Indian journal of veterinary science and animal husbandry - Volume 4,
Year: 1934
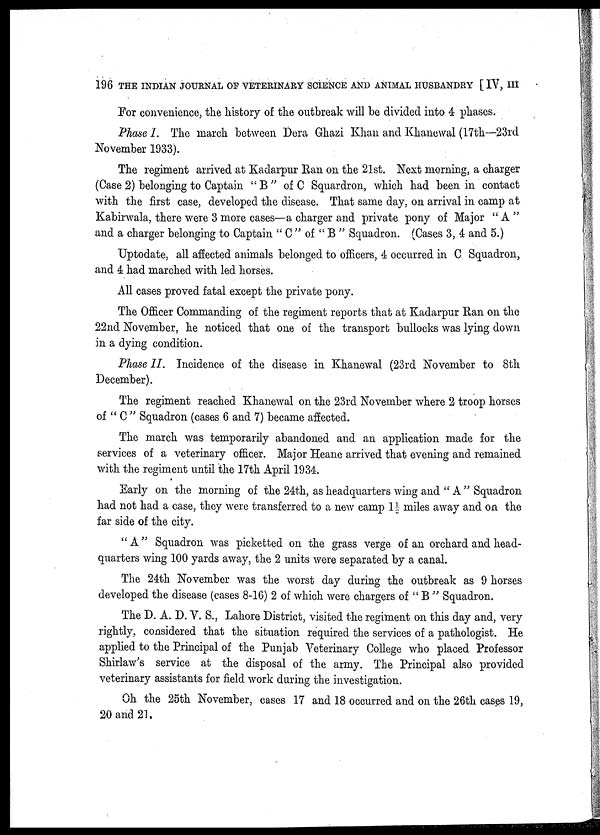
196 THE INDIAN JOURNAL OF VETERINARY SCIENCE AND ANIMAL HUSBANDRY [ IV, III
For convenience, the history of the outbreak will be divided into 4 phases.
Phase I. The march between Dera Ghazi Khan and Khanewal (17th—23rd
November 1933).
The regiment arrived at Kadarpur Ran on the 21st. Next morning, a charger
(Case 2) belonging to Captain " B " of C Squardron, which had been in contact
with the first case, developed the disease. That same day, on arrival in camp at
Kabirwala, there were 3 more cases—a charger and private pony of Major " A "
and a charger belonging to Captain " C " of " B " Squadron. (Cases 3, 4 and 5.)
Uptodate, all affected animals belonged to officers, 4 occurred in C Squadron,
and 4 had marched with led horses.
All cases proved fatal except the private pony.
The Officer Commanding of the regiment reports that at Kadarpur Ran on the
22nd November, he noticed that one of the transport bullocks was lying down
in a dying condition.
Phase II. Incidence of the disease in Khanewal (23rd November to 8th
December).
The regiment reached Khanewal on the 23rd November where 2 troop horses
of " C " Squadron (cases 6 and 7) became affected.
The march was temporarily abandoned and an application made for the
services of a veterinary officer. Major Heane arrived that evening and remained
with the regiment until the 17th April 1934.
Early on the morning of the 24th, as headquarters wing and " A " Squadron
had not had a case, they were transferred to a new camp 1½ miles away and on the
far side of the city.
" A" Squadron was picketted on the grass verge of an orchard and head-
quarters wing 100 yards away, the 2 units were separated by a canal.
The 24th November was the worst day during the outbreak as 9 horses
developed the disease (cases 8-16) 2 of which were chargers of " B " Squadron.
The D. A. D. V. S., Lahore District, visited the regiment on this day and, very
rightly, considered that the situation required the services of a pathologist. He
applied to the Principal of the Punjab Veterinary College who placed Professor
Shirlaw's service at the disposal of the army. The Principal also provided
veterinary assistants for field work during the investigation.
Oh the 25th November, cases 17 and 18 occurred and on the 26th cases 19,
20 and 21.